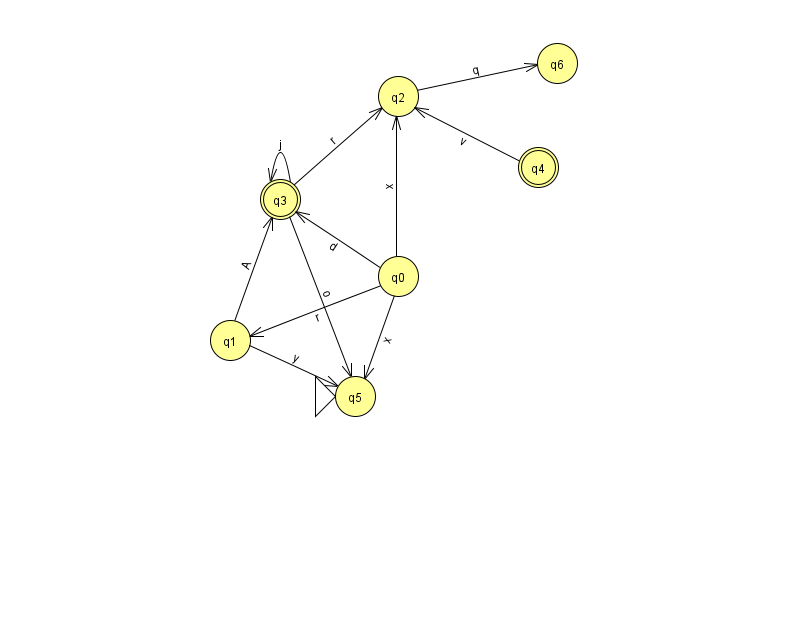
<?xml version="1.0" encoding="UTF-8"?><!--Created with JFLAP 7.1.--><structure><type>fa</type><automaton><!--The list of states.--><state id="0" name="q0"><x>398.0</x><y>263.0</y></state><state id="1" name="q1"><x>230.0</x><y>327.0</y></state><state id="2" name="q2"><x>398.0</x><y>83.0</y></state><state id="3" name="q3"><x>280.0</x><y>186.0</y><final/></state><state id="4" name="q4"><x>538.0</x><y>154.0</y><final/></state><state id="5" name="q5"><x>355.0</x><y>383.0</y><initial/></state><state id="6" name="q6"><x>557.0</x><y>50.0</y></state><!--The list of transitions.--><transition><from>1</from><to>5</to><read>y</read></transition><transition><from>0</from><to>5</to><read>x</read></transition><transition><from>4</from><to>2</to><read>v</read></transition><transition><from>0</from><to>1</to><read>r</read></transition><transition><from>2</from><to>6</to><read>q</read></transition><transition><from>3</from><to>2</to><read>r</read></transition><transition><from>0</from><to>3</to><read>d</read></transition><transition><from>3</from><to>3</to><read>j</read></transition><transition><from>3</from><to>5</to><read>o</read></transition><transition><from>1</from><to>3</to><read>A</read></transition><transition><from>0</from><to>2</to><read>x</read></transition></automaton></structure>